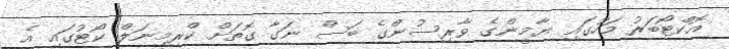
އޮކްޓޯބަރު މަހުގައި ޔާމީންގެ ވާރިސުންގެ ބަސް ނަގާ ގޮތަށް ކްރިމިނަލް ކޯޓުގައި އެ